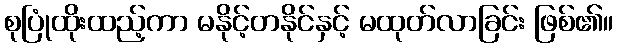
စုပြုံထိုးထည့်ကာ မနိုင့်တနိုင်နှင့် မထုတ်လာခြင်း ဖြစ်၏။